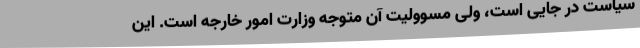
سیاست در جایی است، ولی مسوولیت آن متوجه وزارت امور خارجه است. این